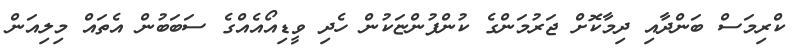
ކްރިމަސް ބަންދާއި ދިމާކޮށް ޖަރުމަންގެ ކުންފުންޏަކުން ހެދި ވީޑިއޯއެއްގެ ސަބަބުން އެތައް މިލިއަން